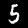
Digit: 5